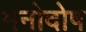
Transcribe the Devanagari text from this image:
मनोदोष